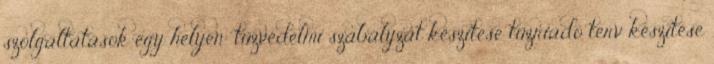
szolgáltatások egy helyen: tűzvédelmi szabályzat készítése tűzriadó terv készítése